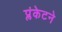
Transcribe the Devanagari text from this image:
प्लंकेटने